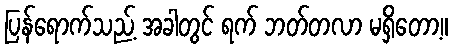
ပြန်ရောက်သည့် အခါတွင် ရက် ဘတ်တလာ မရှိတော့။